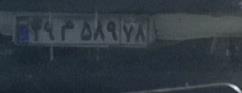
۳۹م۵۸۹۷۸